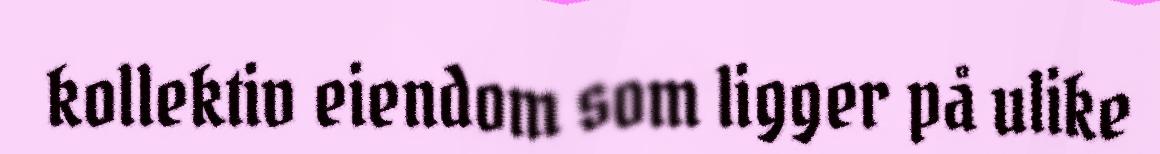
kollektiv eiendom som ligger på ulike